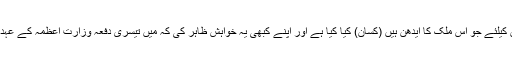
کیا آپ کبھی تنہائی میں بیٹھ کر یہ سوچتے ہیں کہ میں ان لوگوں کیلئے جو اس ملک کا ایدھن ہیں (کسان) کیا کیا ہے اور اپنے کبھی یہ خواہش ظاہر کی کہ میں تیسری دفعہ وزارتِ اعظمہ کے عہدے پر براجمان ہوں عام آدمی کی زندگی میں کیا بہتری لایا ہوں۔